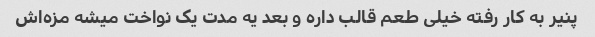
پنیر به کار رفته خیلی طعم قالب داره و بعد یه مدت یک نواخت میشه مزه‌اش